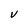
Character: V